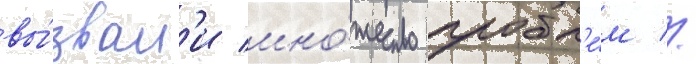
вы́звал'и мно́жество пробл'е́м //